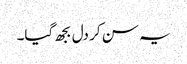
یہ سن کر دل بجھ گیا۔